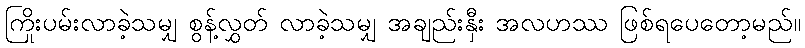
ကြိုးပမ်းလာခဲ့သမျှ စွန့်လွှတ် လာခဲ့သမျှ အချည်းနှီး အလဟဿ ဖြစ်ရပေတော့မည်။